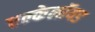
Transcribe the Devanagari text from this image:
एल्केलॉयड